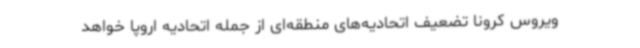
ویروس کرونا تضعیف اتحادیه‌های منطقه‌ای از جمله اتحادیه اروپا خواهد